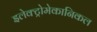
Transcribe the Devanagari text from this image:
इलेक्ट्रोमेकानिकल